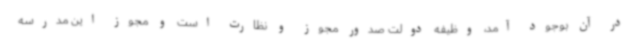
در آن بوجود آمد، وظیفه دولت صدور مجوز و نظارت است و مجوز این مدرسه